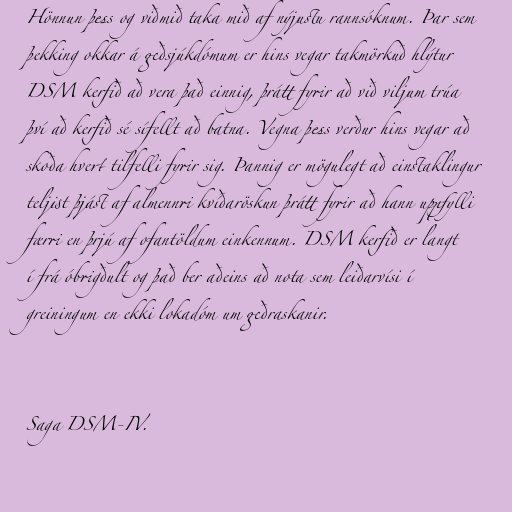
Hönnun þess og viðmið taka mið af nýjustu rannsóknum. Þar sem
þekking okkar á geðsjúkdómum er hins vegar takmörkuð hlýtur
DSM kerfið að vera það einnig, þrátt fyrir að við viljum trúa
því að kerfið sé sífellt að batna. Vegna þess verður hins vegar að
skoða hvert tilfelli fyrir sig. Þannig er mögulegt að einstaklingur
teljist þjást af almennri kvíðaröskun þrátt fyrir að hann uppfylli
færri en þrjú af ofantöldum einkennum. DSM kerfið er langt
í frá óbrigðult og það ber aðeins að nota sem leiðarvísi í
greiningum en ekki lokadóm um geðraskanir.

Saga DSM-IV.